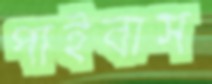
পাইবাস